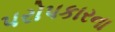
પરોપકારના